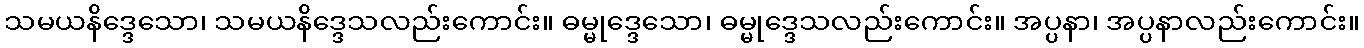
သမယနိဒ္ဒေသော၊ သမယနိဒ္ဒေသလည်းကောင်း။ ဓမ္မုဒ္ဒေသော၊ ဓမ္မုဒ္ဒေသလည်းကောင်း။ အပ္ပနာ၊ အပ္ပနာလည်းကောင်း။